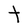
Character: t